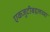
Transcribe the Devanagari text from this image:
एकजुटीबद्दलच्या